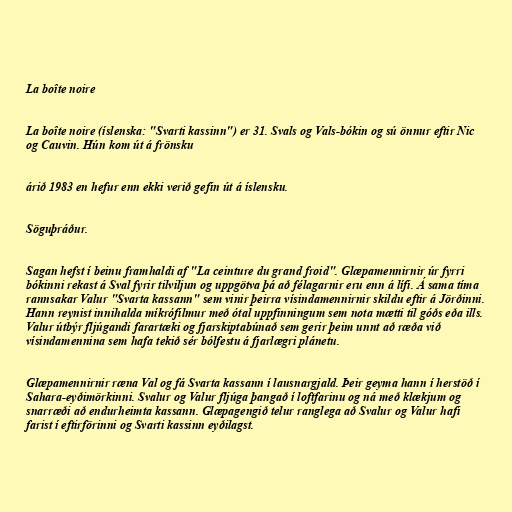
La boîte noire

La boîte noire (íslenska: "Svarti kassinn") er 31. Svals og Vals-bókin og sú önnur eftir Nic
og Cauvin. Hún kom út á frönsku

árið 1983 en hefur enn ekki verið gefin út á íslensku.

Söguþráður.

Sagan hefst í beinu framhaldi af "La ceinture du grand froid". Glæpamennirnir úr fyrri
bókinni rekast á Sval fyrir tilviljun og uppgötva þá að félagarnir eru enn á lífi. Á sama tíma
rannsakar Valur "Svarta kassann" sem vinir þeirra vísindamennirnir skildu eftir á Jörðinni.
Hann reynist innihalda míkrófilmur með ótal uppfinningum sem nota mætti til góðs eða ills.
Valur útbýr fljúgandi farartæki og fjarskiptabúnað sem gerir þeim unnt að ræða við
vísindamennina sem hafa tekið sér bólfestu á fjarlægri plánetu.

Glæpamennirnir ræna Val og fá Svarta kassann í lausnargjald. Þeir geyma hann í herstöð í
Sahara-eyðimörkinni. Svalur og Valur fljúga þangað í loftfarinu og ná með klækjum og
snarræði að endurheimta kassann. Glæpagengið telur ranglega að Svalur og Valur hafi
farist í eftirförinni og Svarti kassinn eyðilagst.